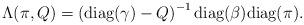
LaTeX: \begin{align*}\Lambda(\pi,Q) = \left(\mbox{diag}(\gamma) - Q \right)^{-1} \mbox{diag}(\beta) \mbox{diag}(\pi).\end{align*}